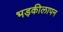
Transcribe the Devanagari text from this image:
भड़कीलापन